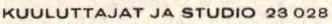
KUULUTTAJAT JA STUDIO 23 028